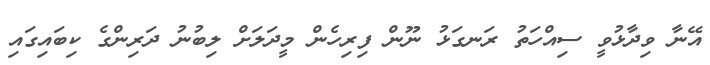
އޭނާ ވިދާޅުވީ ސިއްހަތު ރަނގަޅު ނޫން ފިރިހެން މީދަލަށް ލިބުނު ދަރިންގެ ކިބައިގައި